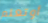
أوتعلم